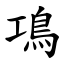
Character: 䲨